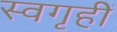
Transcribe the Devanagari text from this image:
स्वगृहीं